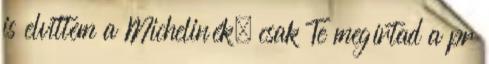
is elvittem a Michelinék, csak Te megírtad a pr